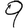
Digit: 9